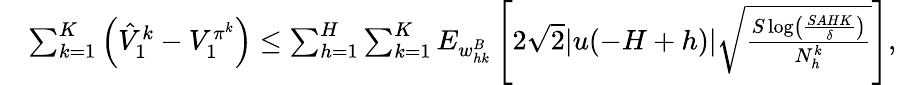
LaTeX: \begin{array}{rl}&{\sum_{k=1}^{K}\left(\hat{V}_{1}^{k}-V_{1}^{\pi^{k}}\right)\leq\sum_{h=1}^{H}\sum_{k=1}^{K}E_{w_{hk}^{B}}\left[2\sqrt{2}\vert u(-H+h)\vert\sqrt{\frac{S\log\left(\frac{SAHK}{\delta}\right)}{N_{h}^{k}}}\right],}\end{array}